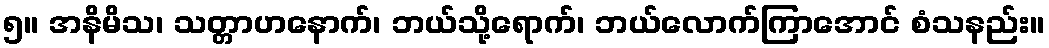
၅။ အနိမိသ၊ သတ္တာဟနောက်၊ ဘယ်သို့ရောက်၊ ဘယ်လောက်ကြာအောင် စံသနည်း။